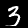
Label: 3